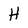
Character: H